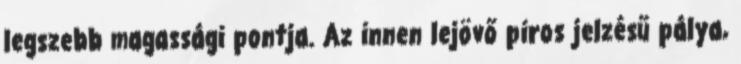
legszebb magassági pontja. Az innen lejövő piros jelzésű pálya,